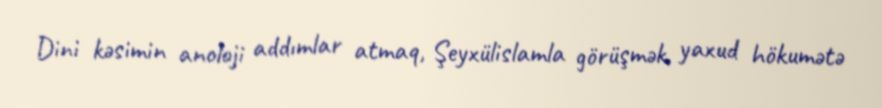
Dini kəsimin anoloji addımlar atmaq, Şeyxülislamla görüşmək, yaxud hökumətə